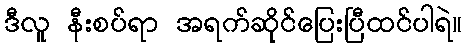
ဒီလူ နီးစပ်ရာ အရက်ဆိုင်ပြေးပြီထင်ပါရဲ။